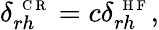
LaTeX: \delta_{rh}^{\mathrm{~\scriptsize~C~R~}}=c\delta_{rh}^{\mathrm{~\scriptsize~H~F~}},